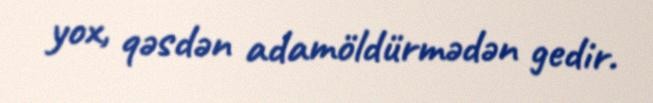
yox, qəsdən adamöldürmədən gedir.